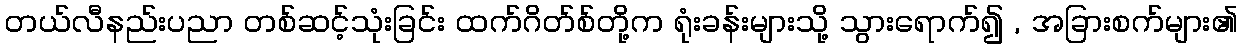
တယ်လီနည်းပညာ တစ်ဆင့်သုံးခြင်း ထက်ဂိတ်စ်တို့က ရုံးခန်းများသို့ သွားရောက်၍ , အခြားစက်များ၏